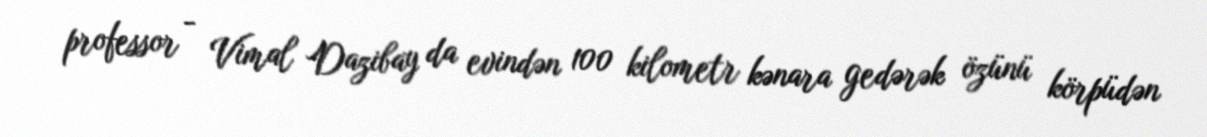
professor - Vimal Dazibay da evindən 100 kilometr kənara gedərək özünü körpüdən